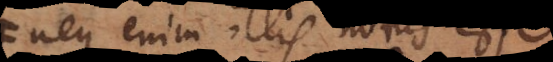
neque enim illis notus esse